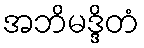
အဘိမဒ္ဒိတံ